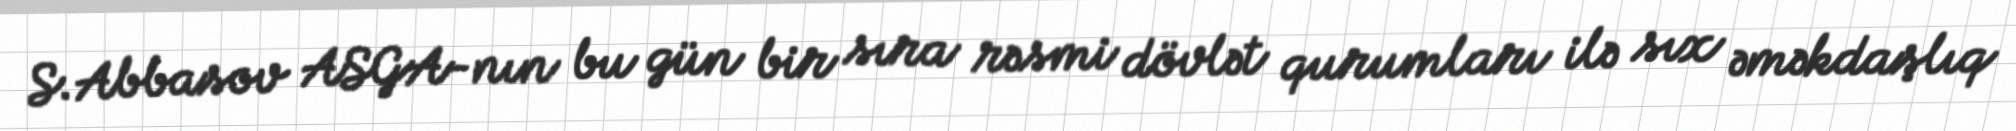
S.Abbasov ASGA-nın bu gün bir sıra rəsmi dövlət qurumları ilə sıx əməkdaşlıq